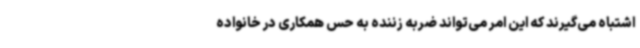
اشتباه می‌گیرند که این امر می‌تواند ضربه زننده به حس همکاری در خانواده